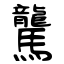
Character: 驡